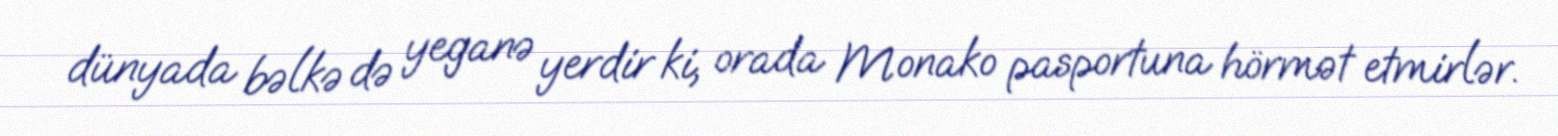
dünyada bəlkə də yeganə yerdir ki, orada Monako pasportuna hörmət etmirlər.